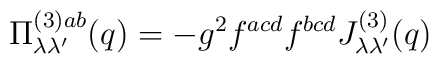
\Pi _{\lambda \lambda ^{\prime }}^{(3)ab}(q)=-g^2f^{acd}f^{bcd}J_{\lambda\lambda ^{\prime }}^{(3)}(q)